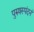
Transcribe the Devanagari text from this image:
पुरुषस्पंदनं